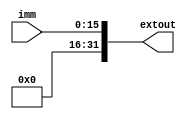
`timescale 1ns / 1ps
//////////////////////////////////////////////////////////////////////////////////
// Company: 
// Engineer: 
// 
// Design Name: 
// Module Name: Sign_Extend
// Project Name: 
// Target Devices: 
// Tool Versions: 
// Description: 
// 
// Dependencies: 
// 
// Revision:
// Revision 0.01 - File Created
// Additional Comments:
// 
//////////////////////////////////////////////////////////////////////////////////


module Sign_Extend(
    input [15:0] imm,
    output reg [31:0] extout
    );
    
    always @ (imm)
    begin
        extout = {16'b0000000000000000,imm[15:0]};
    end
endmodule